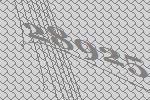
28925